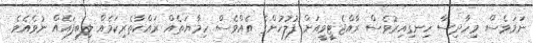
ނަމަވެސް މިހާދިސާ ހިނގިއިރުވެސް ރާއްޖެޓީވީއަށް ފުލުހުންގެ އެއްވެސް ހިމާޔަތެއް ރައްކާތެރިކަމެއް ލިބިފައެއް ނުވެއެވެ.